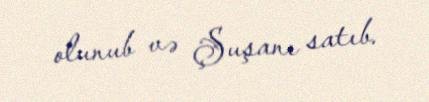
olunub və Şuşanı satıb.